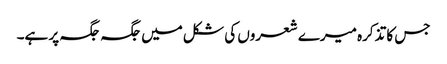
جس کا تذکرہ میرے شعروں کی شکل میں جگہ جگہ پر ہے۔